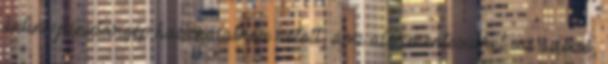
online pénztárgép használathoz kötött, ami alól mentesülhet az adózó,